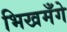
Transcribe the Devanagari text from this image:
भिखमँगे